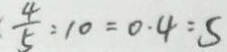
\frac { 4 } { 5 } : 1 0 = 0 . 4 : 5